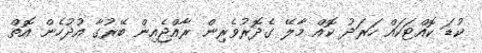
ކުޑަ ކޮއްޓަކައް ހަރަދު ކޮއް މާލޭ ގެދޮރުވެރިން ރާއްޖެއިން ބޭރުގާ އުދުހެން އޮތް